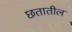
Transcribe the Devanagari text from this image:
छतातील